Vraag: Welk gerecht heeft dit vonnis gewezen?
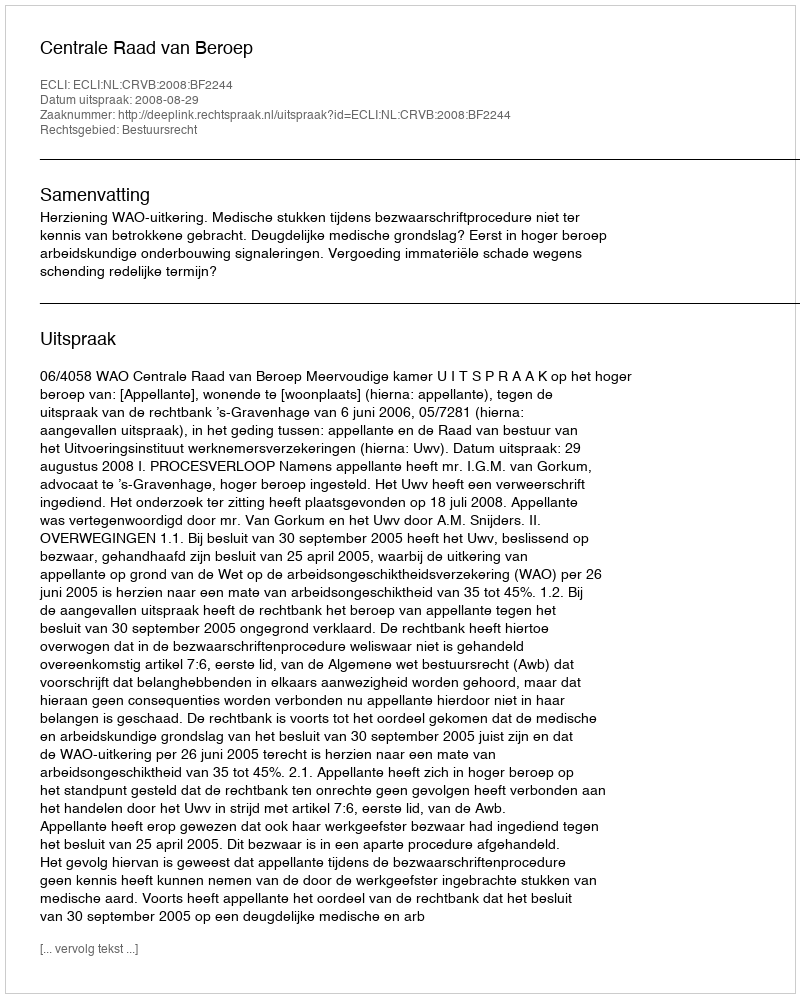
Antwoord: Centrale Raad van Beroep